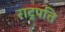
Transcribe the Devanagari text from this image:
राट्रपति